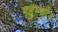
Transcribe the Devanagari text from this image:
पहुन्ची।